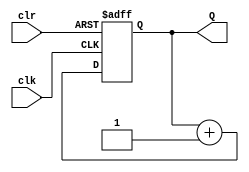
module four_bit_counter(
	input clk,
	input clr,
	output reg Q);

	always@(posedge clk or posedge clr) begin
		if(clr)
			Q <= 4'b0000;
		else 
			Q <= Q + 1'b1;
	end

endmodule